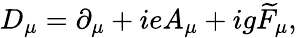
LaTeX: D_{\mu}=\partial_{\mu}+ieA_{\mu}+ig\widetilde{F}_{\mu},